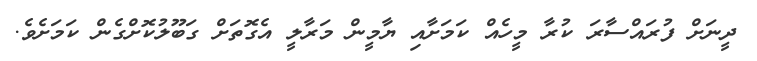
ދީނަށް ފުރައްސާރަ ކުރާ މީހެއް ކަމަށާއި ޔާމީން މަރާލީ އެގޮތަށް ގަބޫލުކޮށްގެން ކަމަށެވެ.